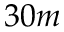
3 0 m